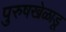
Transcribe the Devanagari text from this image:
पुरुषखेळाडू